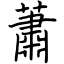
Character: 蕭